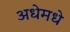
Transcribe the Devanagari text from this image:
अधेमधे